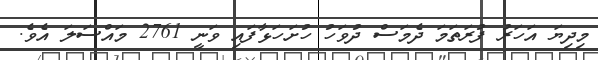
މިދިޔަ އަހަރު ފުރަތަމަ ދެމަސް ދުވަހު ހުށަހަޅާފައި ވަނީ 2761 މައްސަލަ އެވެ.